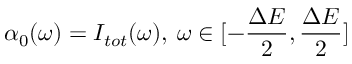
\alpha _ { 0 } ( \omega ) = I _ { t o t } ( \omega ) , \: \omega \in [ - \frac { \Delta E } { 2 } , \frac { \Delta E } { 2 } ]